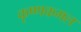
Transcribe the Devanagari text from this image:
कृष्णकमल